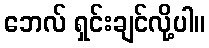
ဘေလ် ရှင်းချင်လို့ပါ။